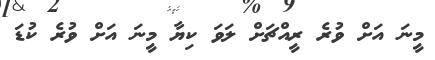
މީނަ އަށް ވުރެ ރީއްޗަށް ލަވަ ކިޔާ މީނަ އަށް ވުރެ ކުޑަ